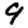
Digit: 9